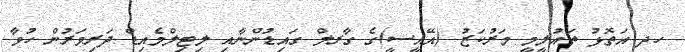
ހދ އަތޮޅު ތައުލީމީ މަރުކަޒު (އޭއީސީ)ގެ ގާރލް ގައިޑުންނާއި ލިޓިލްމެއިޑް ދަރިވަރުން ހުވާ